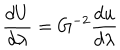
LaTeX: { \frac { d U } { d \lambda } } = G ^ { - 2 } { \frac { d u } { d \lambda } }